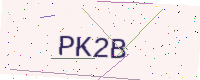
Text: PK2B